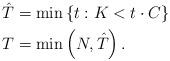
LaTeX: \begin{align*}&\hat{T}=\min\left\{t:K<t\cdot C\right\}\\&T=\min\left(N,\hat{T}\right).\end{align*}